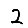
Digit: 2